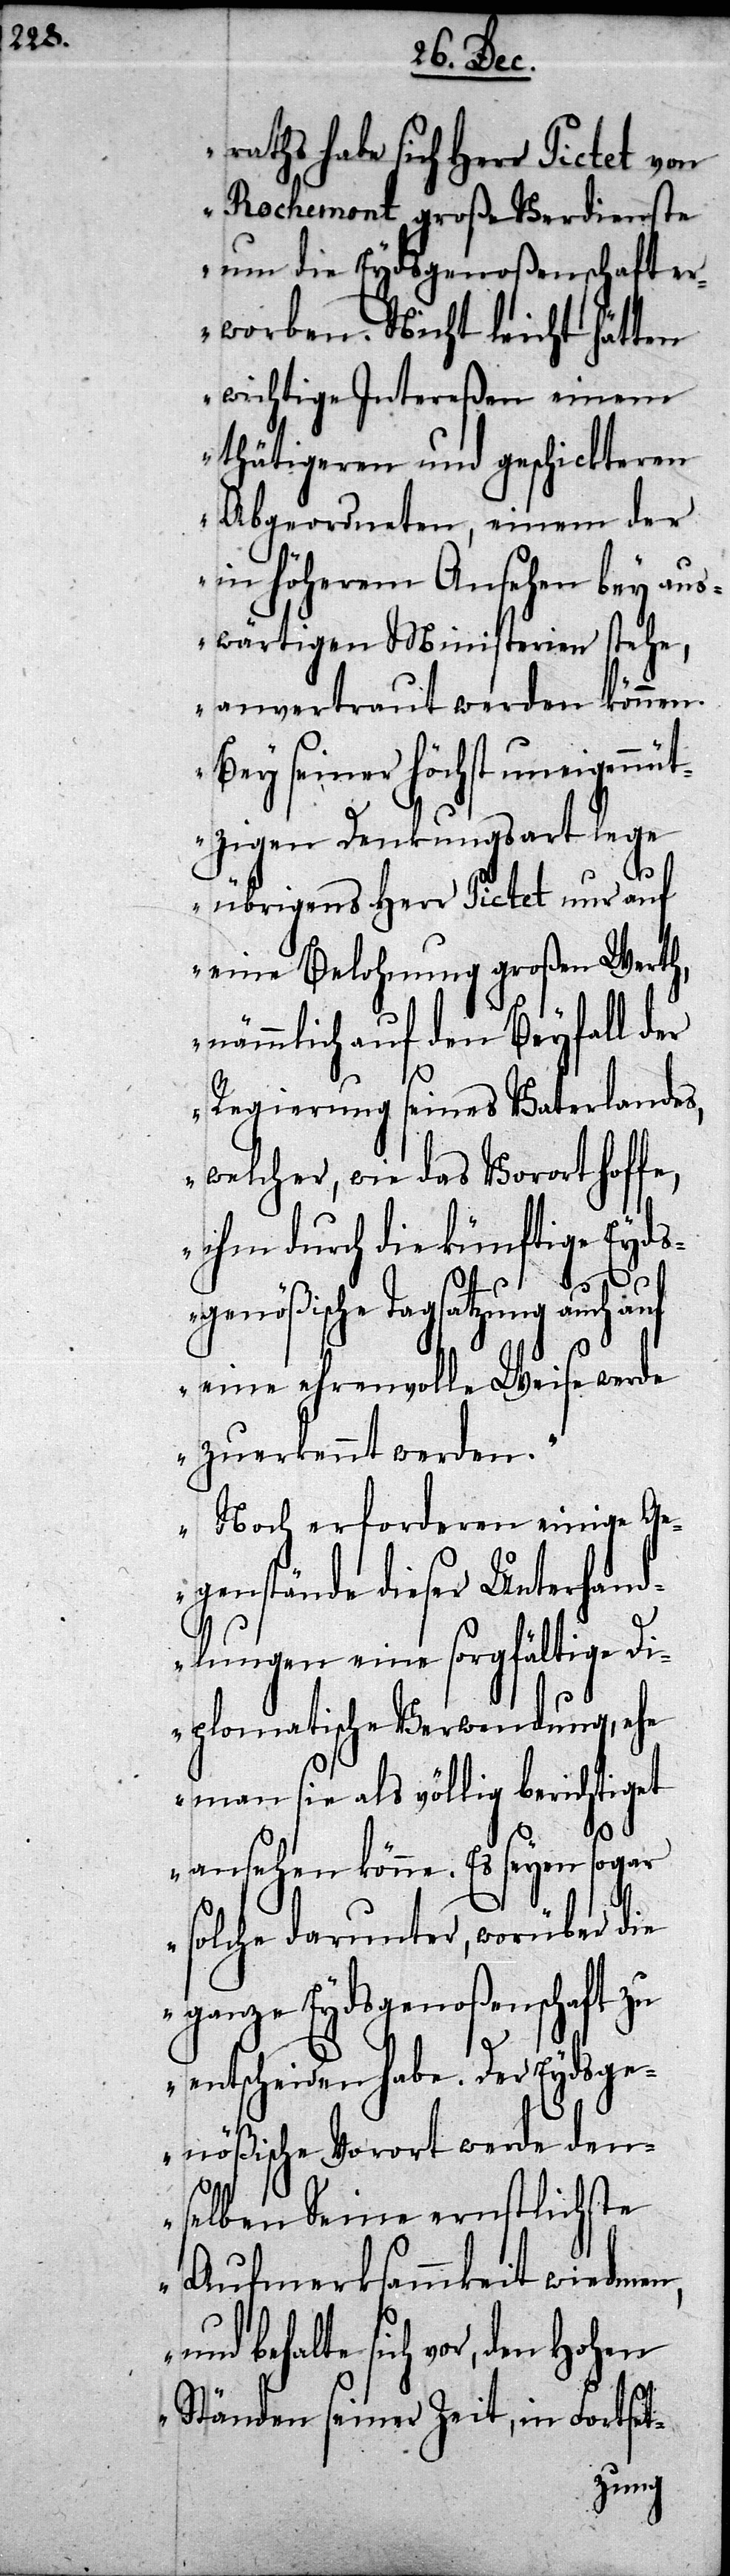
h,

raths habe sich Herr Pictet von
Rochemont große Verdienste
um die Eydsgenoßenschaft er¬
worben. Nicht leicht hätten
wichtige Intereßen einem
thätigeren und geschickteren
Abgeordneten, einem der
in höherem Ansehen bey aus¬
wärtigen Ministerien stehe,
anvertraut werden können.
Bey seiner höchst uneigennü¬
tzigen Denkungsart lege
übrigens Herr Pictet nur auf
eine Belohnung großen Wert¬
nämmlich auf den Beyfall der
Regierung seines Vaterlandes,
welcher, wie das Vorort hof¬
ihm durch die künftige Eyds¬
fe,
genößische Tagsatzung auch auf
eine ehrenvolle Weise werde
zuerkannt werden.
Noch erforderen einige Ge¬
genstände dieser Unterhand¬
lungen eine sorgfältige Di¬
plomatische Verwendung, ehe
man sie als völlig berichtiget
ansehen könne. Es seyen sogar
solche darunter, worüber die
ganze Eydsgenoßenschaft zu
entscheiden habe. Der Eydsge¬
nößische Vorort werde den¬
selben Seine ernstliche
Aufmerksammkeit wiedmen,
und behalte sich vor, den
Ständen seiner Zeit, in Fortset-